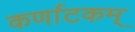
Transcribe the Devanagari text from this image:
कर्णाटकम्